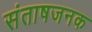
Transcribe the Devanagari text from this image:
संताषजनक